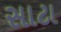
સાટા